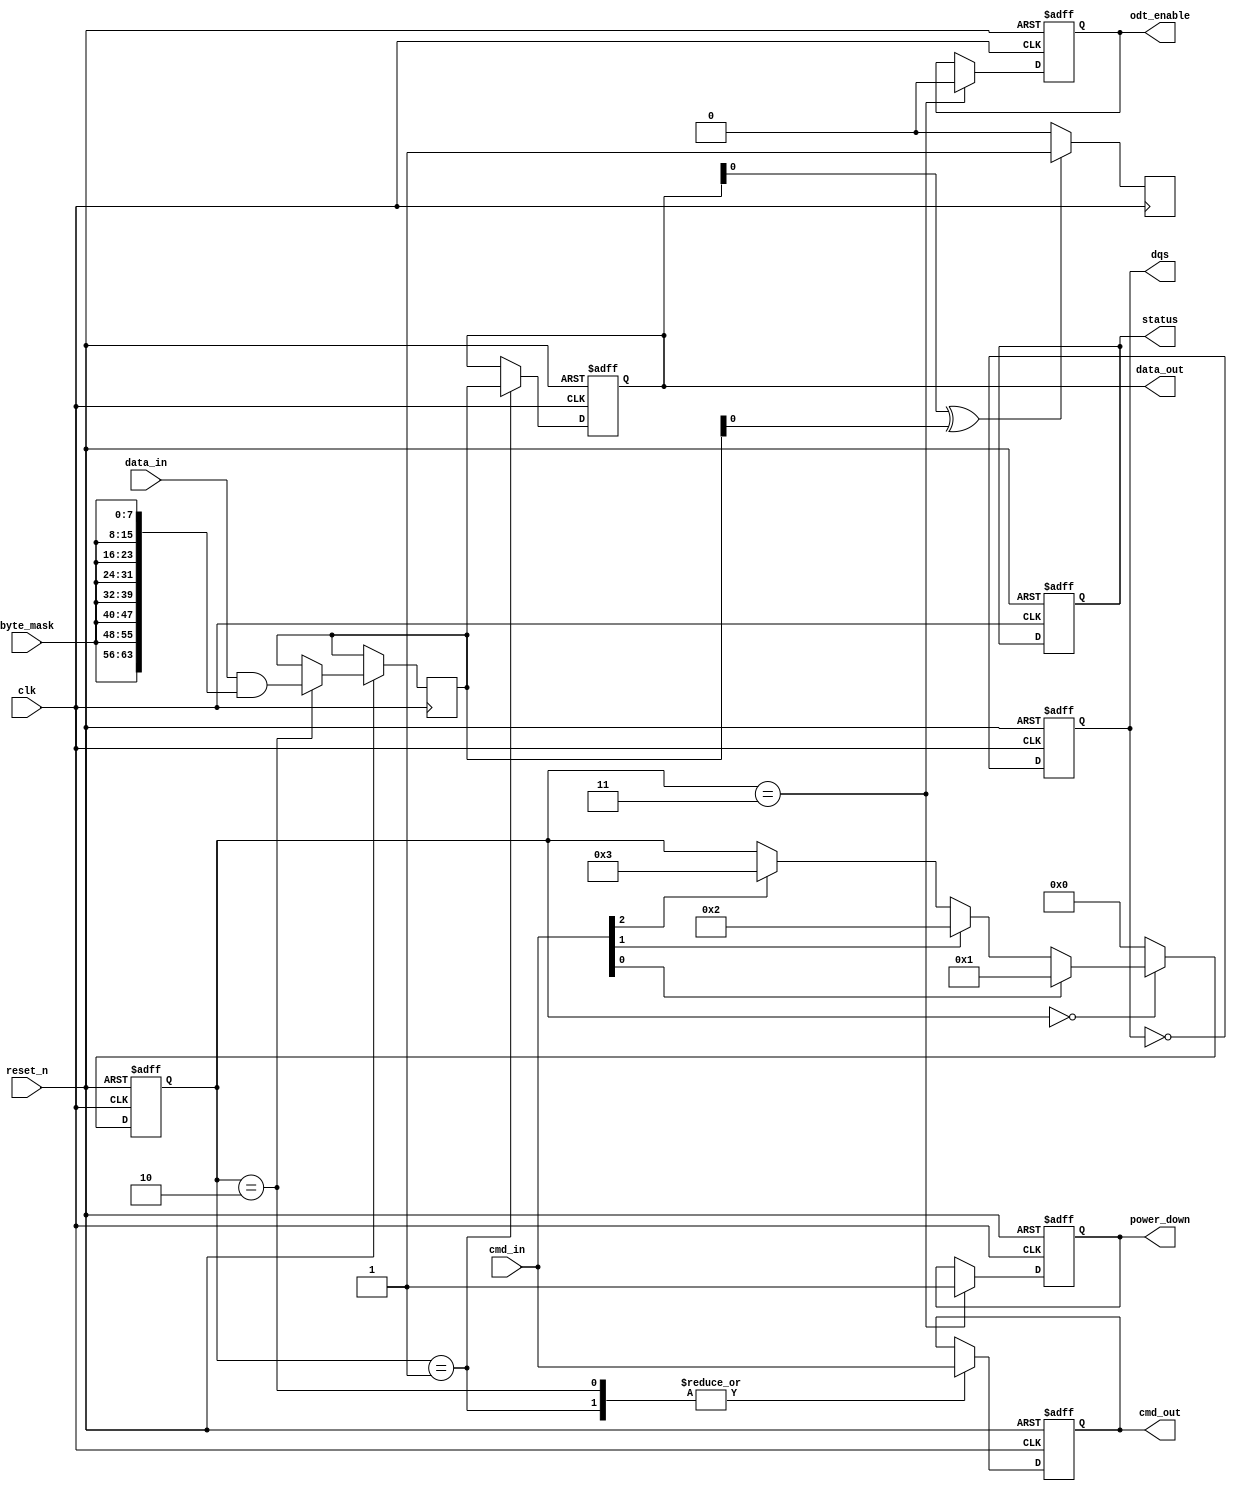
module gddr_io_block (
    input wire clk,                // Main clock input
    input wire reset_n,            // Active low reset
    input wire [63:0] data_in,     // Data input bus (64 bits)
    input wire [7:0] cmd_in,       // Command input bus (8 bits)
    input wire [7:0] byte_mask,     // Byte mask for data lanes
    output reg [63:0] data_out,     // Data output bus (64 bits)
    output reg [7:0] cmd_out,       // Command output bus (8 bits)
    output reg dqs,                 // Data Strobe output
    output reg odt_enable,          // On-die termination enable
    output reg power_down,          // Power down signal
    output reg [3:0] status         // Status register
);

// Parameters for configuration
parameter DATA_WIDTH = 64;
parameter CMD_WIDTH = 8;

// Internal signals
reg [DATA_WIDTH-1:0] data_buffer;
reg [CMD_WIDTH-1:0] cmd_buffer;
reg [3:0] state;

// State encoding
localparam IDLE = 4'b0000,
           READ = 4'b0001,
           WRITE = 4'b0010,
           POWER_DOWN = 4'b0011;

// Clock generation for DQS
always @(posedge clk or negedge reset_n) begin
    if (!reset_n) begin
        dqs <= 1'b0;
    end else begin
        dqs <= ~dqs; // Toggle DQS for data strobe
    end
end

// Main control logic
always @(posedge clk or negedge reset_n) begin
    if (!reset_n) begin
        state <= IDLE;
        data_out <= 64'b0;
        cmd_out <= 8'b0;
        odt_enable <= 1'b0;
        power_down <= 1'b0;
        status <= 4'b0000;
    end else begin
        case (state)
            IDLE: begin
                if (cmd_in[0]) begin // Example command to read
                    state <= READ;
                end else if (cmd_in[1]) begin // Example command to write
                    state <= WRITE;
                end else if (cmd_in[2]) begin // Power down command
                    state <= POWER_DOWN;
                end
            end
            
            READ: begin
                // Simulate read operation
                data_out <= data_buffer; // Output data from buffer
                cmd_out <= cmd_in;       // Output command
                state <= IDLE;           // Return to idle
            end
            
            WRITE: begin
                // Simulate write operation
                data_buffer <= (data_in & {64{byte_mask}}); // Apply byte mask
                cmd_out <= cmd_in;       // Output command
                state <= IDLE;           // Return to idle
            end
            
            POWER_DOWN: begin
                power_down <= 1'b1;      // Activate power down
                odt_enable <= 1'b0;      // Disable ODT
                state <= IDLE;           // Return to idle
            end
            
            default: state <= IDLE;   // Default to idle state
        endcase
    end
end

// Error detection and correction (simplified)
always @(posedge clk) begin
    if (data_out[0] ^ data_buffer[0]) begin
        status[0] <= 1'b1; // Set error status if mismatch
    end else begin
        status[0] <= 1'b0; // Clear error status
    end
end

endmodule